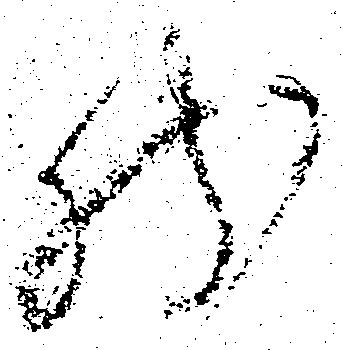
然